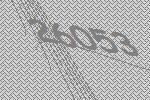
26053